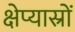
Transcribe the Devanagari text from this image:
क्षेप्यास्रों